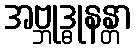
အဗ္ဘုဒ္ဓုနန္တာ